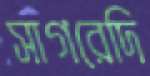
সাগরেদি